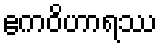
ဧကဝိဟာရဿ